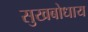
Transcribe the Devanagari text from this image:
सुखबोधाय